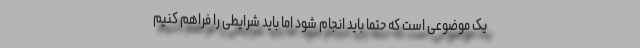
یک موضوعی است که حتما باید انجام شود اما باید شرایطی را فراهم کنیم